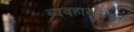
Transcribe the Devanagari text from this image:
व्यवहारामध्ये